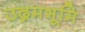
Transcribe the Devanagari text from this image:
उद्गमभूमि